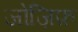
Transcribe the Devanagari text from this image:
जोज़िफ़